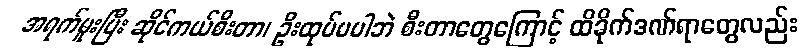
အရက်မူးပြီး ဆိုင်ကယ်စီးတာ၊ ဦးထုပ်မပါဘဲ စီးတာတွေကြောင့် ထိခိုက်ဒဏ်ရာတွေလည်း